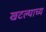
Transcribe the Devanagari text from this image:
खटल्याच्य